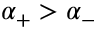
\alpha _ { + } > \alpha _ { - }